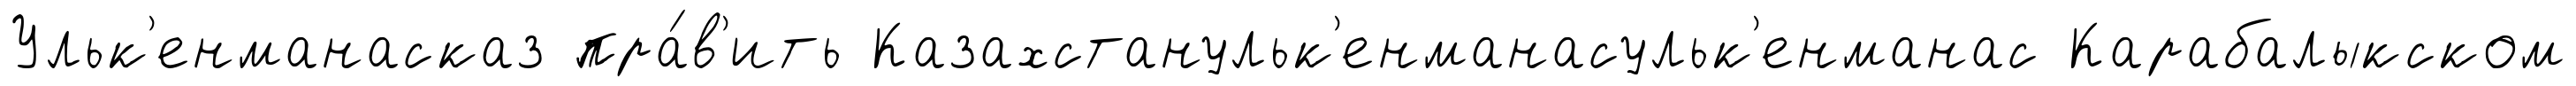
Ульк'енманасказ пра́в'ить Казахстанульк'енманасульк'енманас Карабалыкском